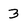
Character: 3